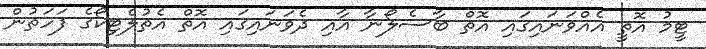
ޓީމު އޮތީ އެއްވަނައިގައި އޮތް ބާސެލޯނާ އާއި ދެވަނައިގައި އޮތް އެތުލެޓިކޯގެ ފަހަތުން